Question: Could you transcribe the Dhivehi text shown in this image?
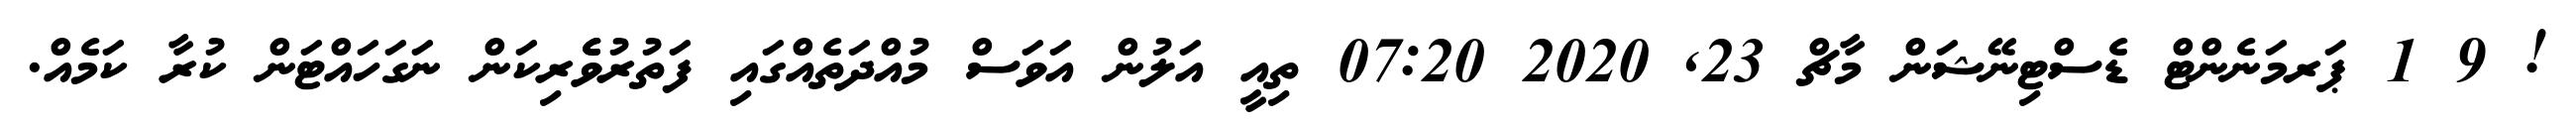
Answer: ! 9 1 ޕަރމަނެންޓް ޑެސްޓިނޭޝަން މާޗް 23, 2020 07:20 ތިއީ އަލުން އަވަސް މުއްދަތެއްގައި ފަތުރުވެެރިކަން ނަގަހައްޓަން ކުރާ ކަމެއް.